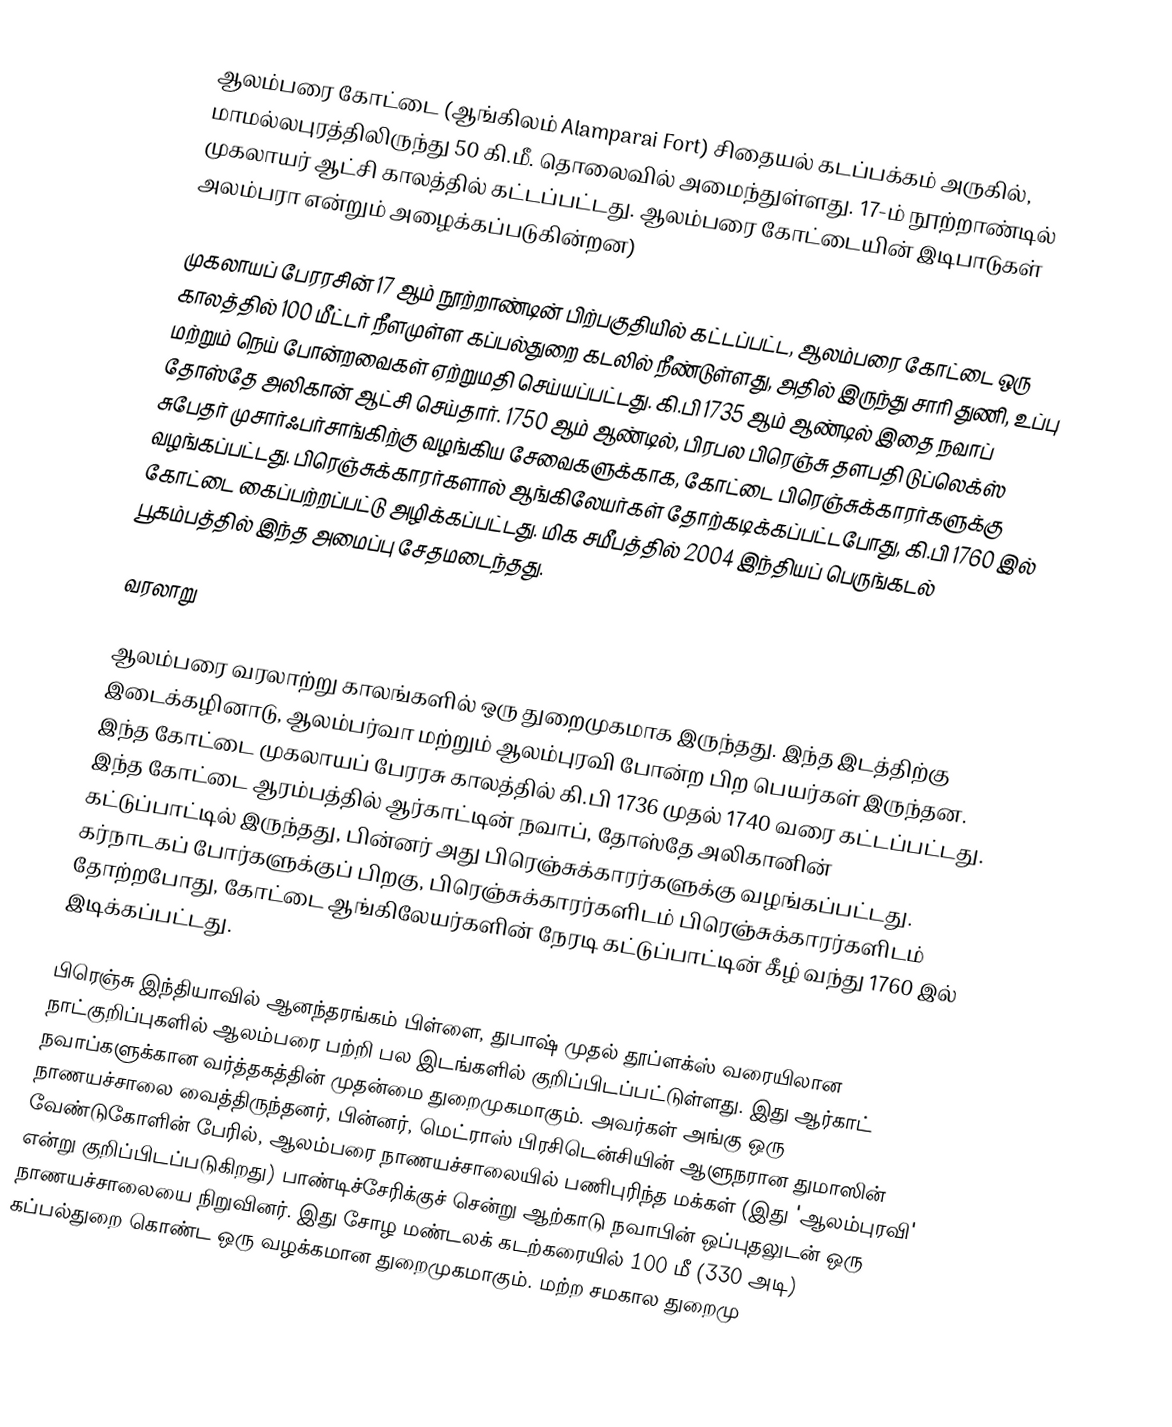
ஆலம்பரை கோட்டை (ஆங்கிலம் Alamparai Fort) சிதையல் கடப்பக்கம் அருகில், மாமல்லபுரத்திலிருந்து 50 கி.மீ. தொலைவில் அமைந்துள்ளது. 17-ம் நூற்றாண்டில் முகலாயர் ஆட்சி காலத்தில் கட்டப்பட்டது. ஆலம்பரை கோட்டையின் இடிபாடுகள் அலம்பரா என்றும் அழைக்கப்படுகின்றன)

முகலாயப் பேரரசின் 17 ஆம் நூற்றாண்டின் பிற்பகுதியில் கட்டப்பட்ட, ஆலம்பரை கோட்டை ஒரு காலத்தில் 100 மீட்டர் நீளமுள்ள கப்பல்துறை கடலில் நீண்டுள்ளது, அதில் இருந்து சாரி துணி, உப்பு மற்றும் நெய் போன்றவைகள் ஏற்றுமதி செய்யப்பட்டது. கி.பி 1735 ஆம் ஆண்டில் இதை நவாப் தோஸ்தே அலிகான் ஆட்சி செய்தார். 1750 ஆம் ஆண்டில், பிரபல பிரெஞ்சு தளபதி டுப்லெக்ஸ் சுபேதர் முசார்ஃபர்சாங்கிற்கு வழங்கிய சேவைகளுக்காக, கோட்டை பிரெஞ்சுக்காரர்களுக்கு வழங்கப்பட்டது. பிரெஞ்சுக்காரர்களால் ஆங்கிலேயர்கள் தோற்கடிக்கப்பட்டபோது, கி.பி 1760 இல் கோட்டை கைப்பற்றப்பட்டு அழிக்கப்பட்டது. மிக சமீபத்தில் 2004 இந்தியப் பெருங்கடல் பூகம்பத்தில் இந்த அமைப்பு சேதமடைந்தது.

வரலாறு

ஆலம்பரை வரலாற்று காலங்களில் ஒரு துறைமுகமாக இருந்தது.  இந்த இடத்திற்கு இடைக்கழினாடு, ஆலம்பர்வா மற்றும் ஆலம்புரவி போன்ற பிற பெயர்கள் இருந்தன. இந்த கோட்டை முகலாயப் பேரரசு காலத்தில் கி.பி 1736 முதல் 1740 வரை கட்டப்பட்டது. இந்த கோட்டை ஆரம்பத்தில் ஆர்காட்டின் நவாப், தோஸ்தே அலிகானின் கட்டுப்பாட்டில் இருந்தது, பின்னர் அது பிரெஞ்சுக்காரர்களுக்கு வழங்கப்பட்டது. கர்நாடகப் போர்களுக்குப் பிறகு, பிரெஞ்சுக்காரர்களிடம் பிரெஞ்சுக்காரர்களிடம் தோற்றபோது, கோட்டை ஆங்கிலேயர்களின் நேரடி கட்டுப்பாட்டின் கீழ் வந்து 1760 இல் இடிக்கப்பட்டது.

பிரெஞ்சு இந்தியாவில் ஆனந்தரங்கம் பிள்ளை, துபாஷ் முதல் தூப்ளக்ஸ் வரையிலான நாட்குறிப்புகளில் ஆலம்பரை பற்றி பல இடங்களில் குறிப்பிடப்பட்டுள்ளது. இது ஆர்காட் நவாப்களுக்கான வர்த்தகத்தின் முதன்மை துறைமுகமாகும். அவர்கள் அங்கு ஒரு நாணயச்சாலை வைத்திருந்தனர், பின்னர், மெட்ராஸ் பிரசிடென்சியின் ஆளுநரான துமாஸின் வேண்டுகோளின் பேரில், ஆலம்பரை நாணயச்சாலையில் பணிபுரிந்த மக்கள் (இது 'ஆலம்புரவி' என்று குறிப்பிடப்படுகிறது) பாண்டிச்சேரிக்குச் சென்று  ஆற்காடு நவாபின் ஒப்புதலுடன் ஒரு நாணயச்சாலையை நிறுவினர். இது சோழ மண்டலக் கடற்கரையில் 100 மீ (330 அடி) கப்பல்துறை கொண்ட ஒரு வழக்கமான துறைமுகமாகும். மற்ற சமகால துறைமு